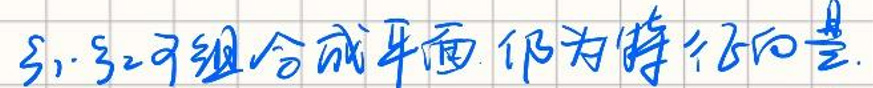
$3_1,3_2$可组合成平面，仍为平移向量。